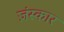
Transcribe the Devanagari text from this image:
ज़ंस्कार